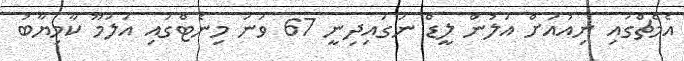
އެމެޗްގައި ނިއުއަށް އަލުން ލީޑް ނަގައިދިނީ 67 ވަނަ މިނެޓްގައި އަލަމޫ ކާމިޔާބު